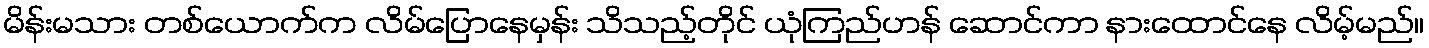
မိန်းမသား တစ်ယောက်က လိမ်ပြောနေမှန်း သိသည့်တိုင် ယုံကြည်ဟန် ဆောင်ကာ နားထောင်နေ လိမ့်မည်။